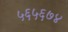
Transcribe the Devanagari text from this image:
५६५६७४